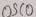
Text: OSC0